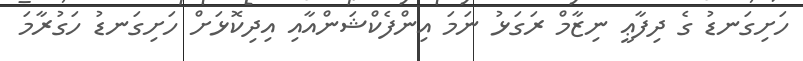
ހަށިގަނޑު ގެ ދިފާޢީ ނިޒާމް ރަގަޅު ނަމަ އިންފެކްޝަންއާއި އިދިކޮޅަށް ހަށިގަނޑު ހަގުރާމަ